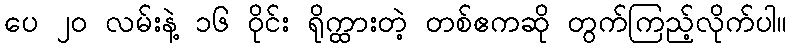
ပေ ၂၀ လမ်းနဲ့ ၁၆ ဝိုင်း ရိုက္ထားတဲ့ တစ်ဧကဆို တွက်ကြည့်လိုက်ပါ။